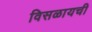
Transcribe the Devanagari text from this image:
विसळायची